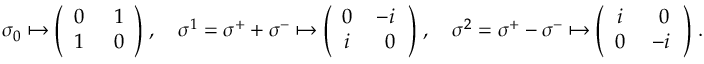
\sigma _ { 0 } \mapsto \Bigg ( \begin{array} { c c } { { 0 \, } } & { { \; 1 } } \\ { { 1 \, } } & { { \; 0 } } \end{array} \Bigg ) \; , \quad \sigma ^ { 1 } = \sigma ^ { + } + \sigma ^ { - } \mapsto \Bigg ( \begin{array} { c c } { { 0 \, } } & { { - i \, } } \\ { { i \, } } & { { \; 0 } } \end{array} \Bigg ) \; , \quad \sigma ^ { 2 } = \sigma ^ { + } - \sigma ^ { - } \mapsto \Bigg ( \begin{array} { c c } { { i \; } } & { { \, 0 } } \\ { { 0 \; } } & { { - i \, } } \end{array} \Bigg ) \; .